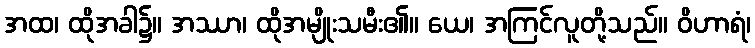
အထ၊ ထိုအခါ၌။ အဿာ၊ ထိုအမျိုးသမီး၏။ ယေ၊ အကြင်လူတို့သည်။ ဝိဟာရံ၊